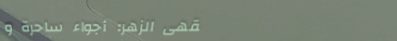
مقهى الزهر: أجواء ساحرة و